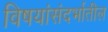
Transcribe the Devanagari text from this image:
विषयांसंदर्भातील